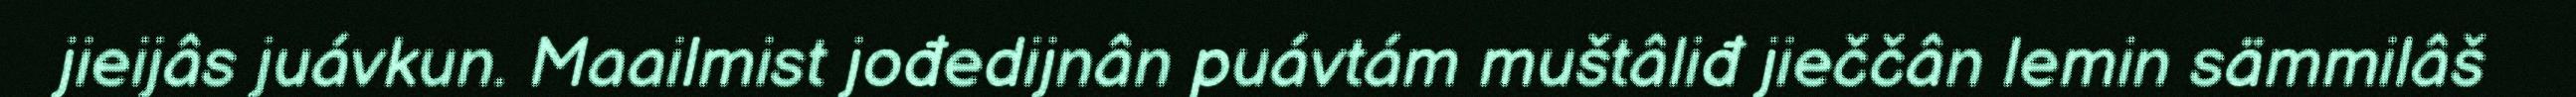
jieijâs juávkun. Maailmist jođedijnân puávtám muštâliđ jieččân lemin sämmilâš